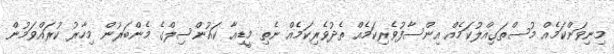
މިނިވަންކަމެއް މުސްތަގިއްލުކަމެއް އިންސާފުވެރިކަމެއް ތެދުވެރިކަމެއް ނެތި މީޑިއާ ކައުންސިލްގެ މެންބަރުން މިހާރު ކުރައްވަމުން